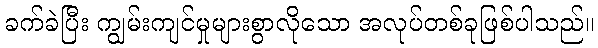
ခက်ခဲပြီး ကျွမ်းကျင်မှုများစွာလိုသော အလုပ်တစ်ခုဖြစ်ပါသည်။